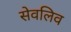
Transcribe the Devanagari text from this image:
सेवलिव